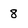
Character: 8